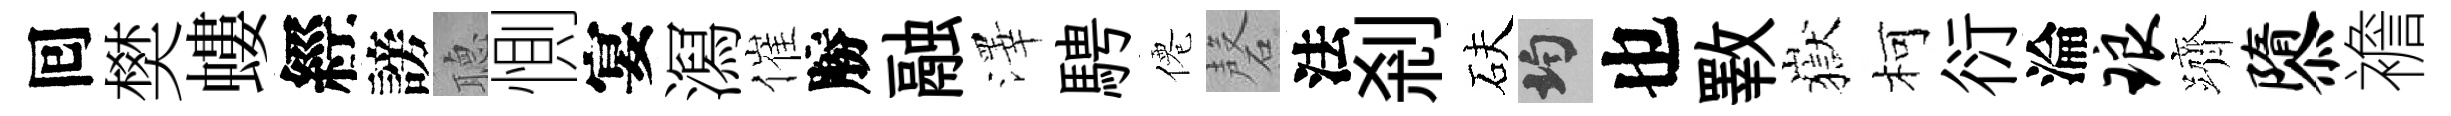
囘樊螻經謗𦗟惻宴㵼催勝融澤騁僊磬法剎砆均也斁嶽柯衍淪琅躋隳襜